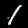
Digit: 1